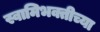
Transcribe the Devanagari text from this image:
स्वामिभक्तीच्या